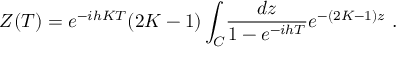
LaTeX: Z ( T ) = e ^ { - i h K T } ( 2 K - 1 ) \int _ { C } \! { \frac { d z } { 1 - e ^ { - i h T } } } e ^ { - ( 2 K - 1 ) z } \ .